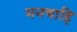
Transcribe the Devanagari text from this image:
मनचाहि